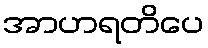
အာဟရတိပေ